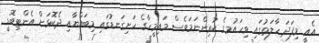
އެއީ މިފަދަ ހާލަތުގައި ވިހައުމގެ ކުރިންނަމަވެސް މައިމީހާގެ ހަށިގަނޑުގައި މިބައްޔާއި ދެކޮޅަށް އެންޓިބޮޑީ